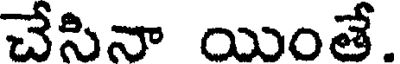
చేసినా యింతే.